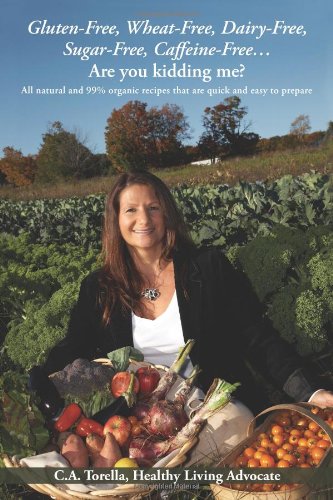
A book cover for Gluten-Free, Wheat-Free, Dairy-Free, Sugar-Free, Caffeine-Free?.Are you kidding me?: All natural and 99% organic recipes that are quick and easy to prepare.; Healty Living Advocate, C. A. Torella; Health, Fitness & Dieting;